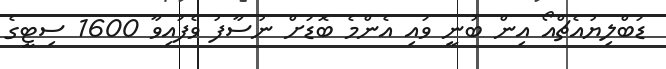
ޑަބްލިޔުއެޗްއޯ އިން ބުނީ ވައި އެންމެ ބޮޑަށް ނުސާފު ވެފައިވާ 1600 ސިޓީގެ